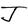
Character: J